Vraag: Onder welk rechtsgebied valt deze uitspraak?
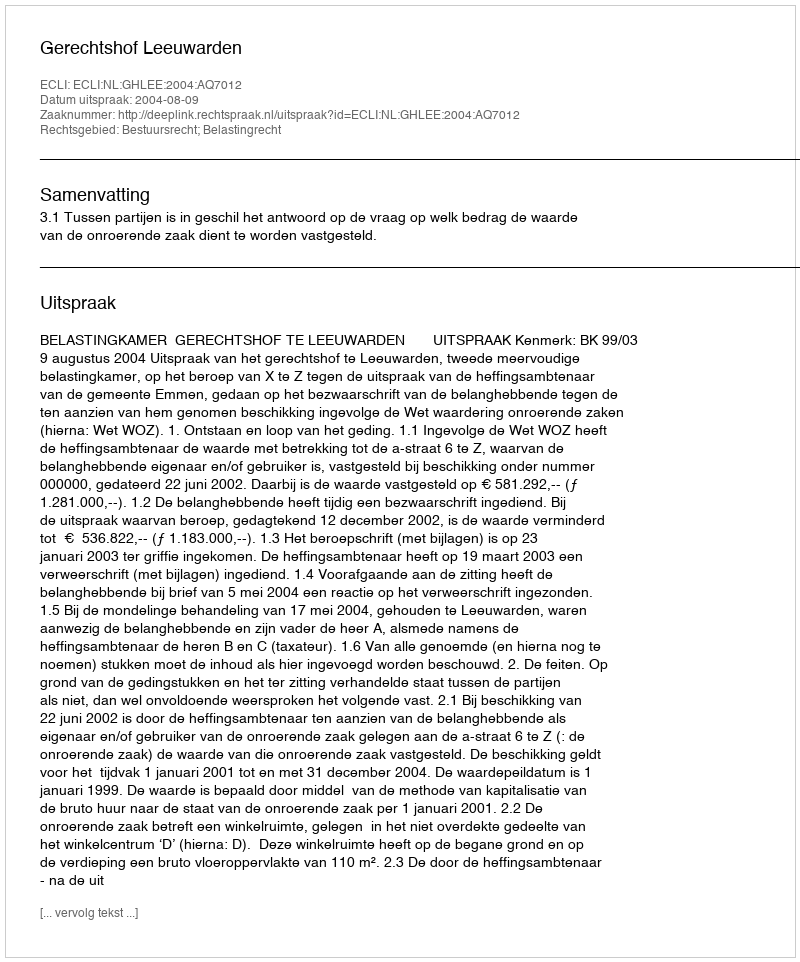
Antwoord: Bestuursrecht; Belastingrecht